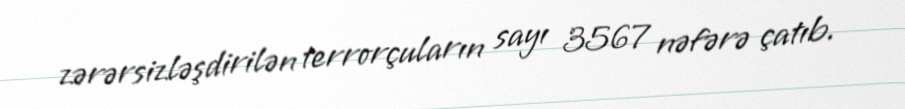
zərərsizləşdirilən terrorçuların sayı 3567 nəfərə çatıb.